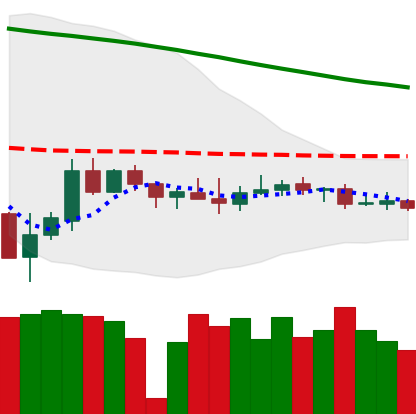
Ticker: XMR-USD
Chart end date: 2019-12-13
Forward return: -8.908%
Label: down_7plus